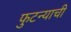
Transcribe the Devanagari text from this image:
फुटन्याची